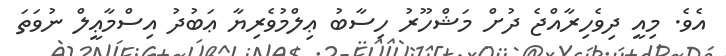
އެވެ. މިއީ ދިވެހިރާއްޖެ ދުށް މަޝްހޫރު ހިސާބު ޢިލްމުވެރިޔާ ޢަބުދު އިސްމާޢީލް ނުވަތަ